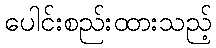
ပေါင်းစည်းထားသည့်